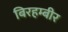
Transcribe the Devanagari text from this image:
बिरहम्बीर